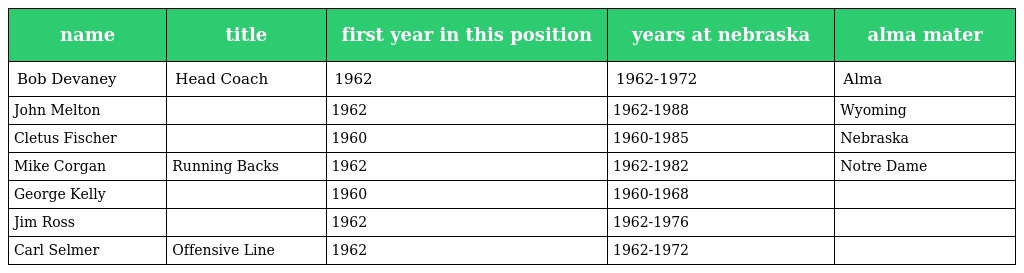
| name | title | first year in this position | years at nebraska | alma mater |
 | --- | --- | --- | --- | --- |
 | Bob Devaney | Head Coach | 1962 | 1962-1972 | Alma |
 | John Melton |  | 1962 | 1962-1988 | Wyoming |
 | Cletus Fischer |  | 1960 | 1960-1985 | Nebraska |
 | Mike Corgan | Running Backs | 1962 | 1962-1982 | Notre Dame |
 | George Kelly |  | 1960 | 1960-1968 |  |
 | Jim Ross |  | 1962 | 1962-1976 |  |
 | Carl Selmer | Offensive Line | 1962 | 1962-1972 |  |